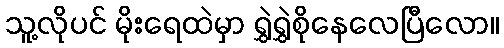
သူ့လိုပင် မိုးရေထဲမှာ ရွှဲရွှဲစိုနေလေပြီလော။